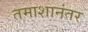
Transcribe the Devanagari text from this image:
तमाशानंतर